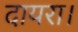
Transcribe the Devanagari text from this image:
दायरा।